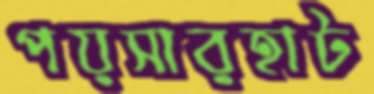
পয়সারহাট